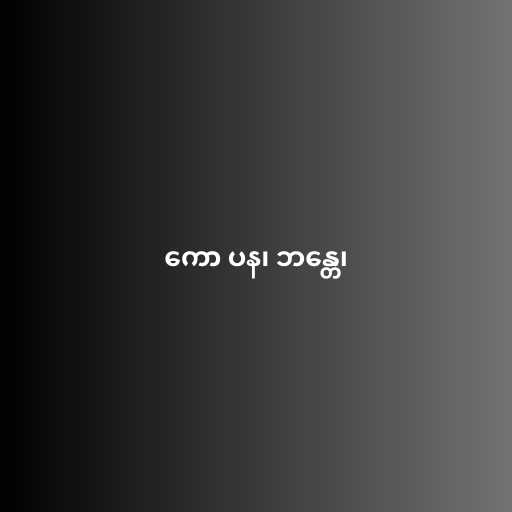
ကော ပန၊ ဘန္တေ၊